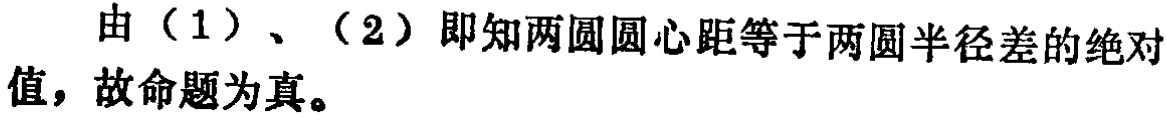
由（1）、（2）即知两圆圆心距等于两圆半径差的绝对值，故命题为真。